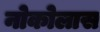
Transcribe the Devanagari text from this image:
नोकोलास